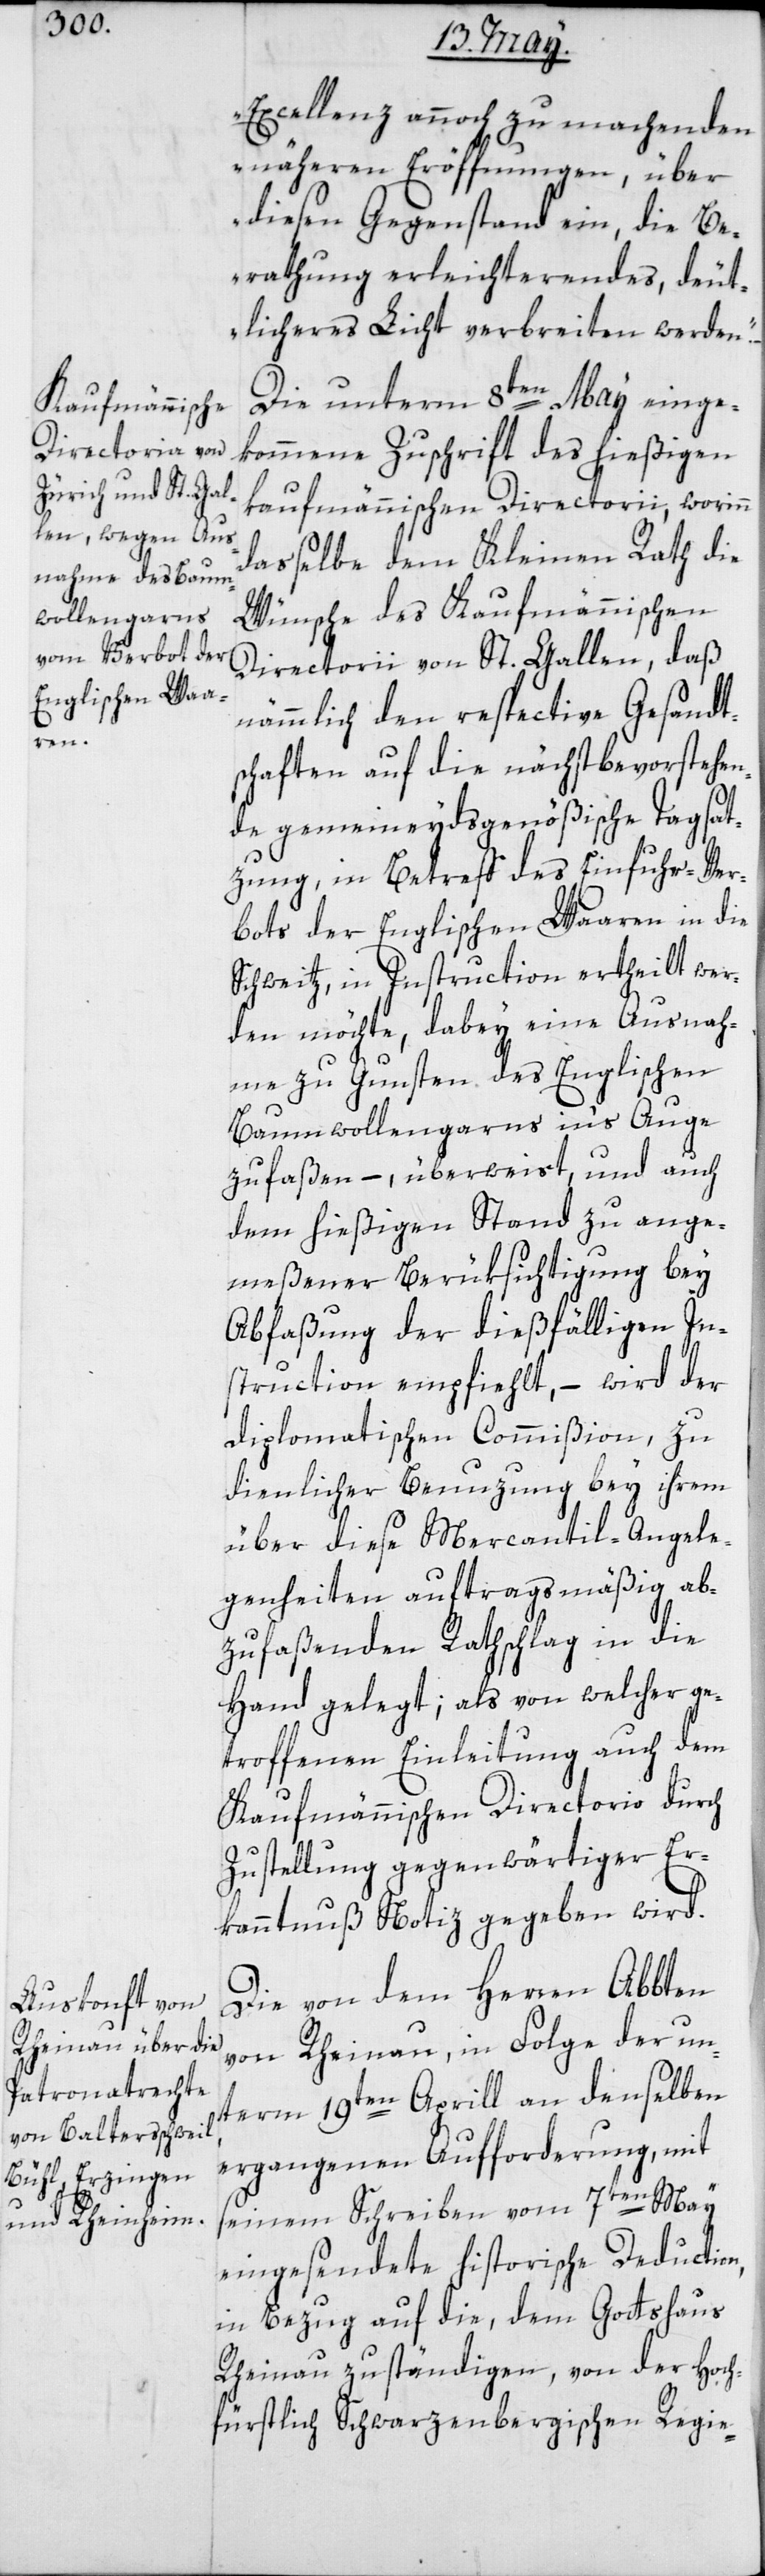
Excellenz annoch zu machenden
näheren Eröffnungen, über
diesen Gegenstand ein, die Be¬
rathung erleichterndes deut¬
licheres Licht verbreiten werden“.
Die unterm 8ten May einge¬
kommene Zuschrift des hießigen
kaufmännischen Directorii, worinn
daßelbe dem Kleinen Rath die
Wünsche des Kaufmännischen
Directorii von St. Gallen, daß
nämmlich den respective Gesandt¬
schaften auf die nächst bevorstehen¬
de gemeineydsgenößische Tagsat¬
zung, in Betreff des Einfuhr-Ver¬
bots der Englischen Waaren in die
Schweitz, in Instruction ertheilt wer¬
den möchte, dabey eine Ausnah¬
me zu Gunsten des Englischen
Baumwollengarns in’s Auge
zu faßen, – überweist und auch
dem hießigen Stand zu ange¬
meßener Berüksichtigung bey
Abfaßung der dießfälligen In¬
struction empfiehlt, – wird der
diplomatischen Commißion, zu
dienlicher Benuzung bey ihrem
über diese Mercantil-Angele¬
genheiten auftragsmäßig ab¬
zufaßenden Rathschlag in die
Hand gelegt; als von welcher ge¬
troffenen Einleitung auch dem
Kaufmännischen Directorio durch
Zustellung gegenwärtiger Er¬
kanntnuß Notiz gegeben wird.
Die von dem Herren Abbten
von Rheinau, in Folge der un¬
term 19ten Aprill an denselben
ergangenen Aufforderung, mit
seinem Schreiben vom 7ten May
eingesendete historische Deduction,
in Bezug auf die, dem Gottshaus
Rheinau zuständigen, von der hoch¬
fürstlich Schwarzenbergischen Regie-